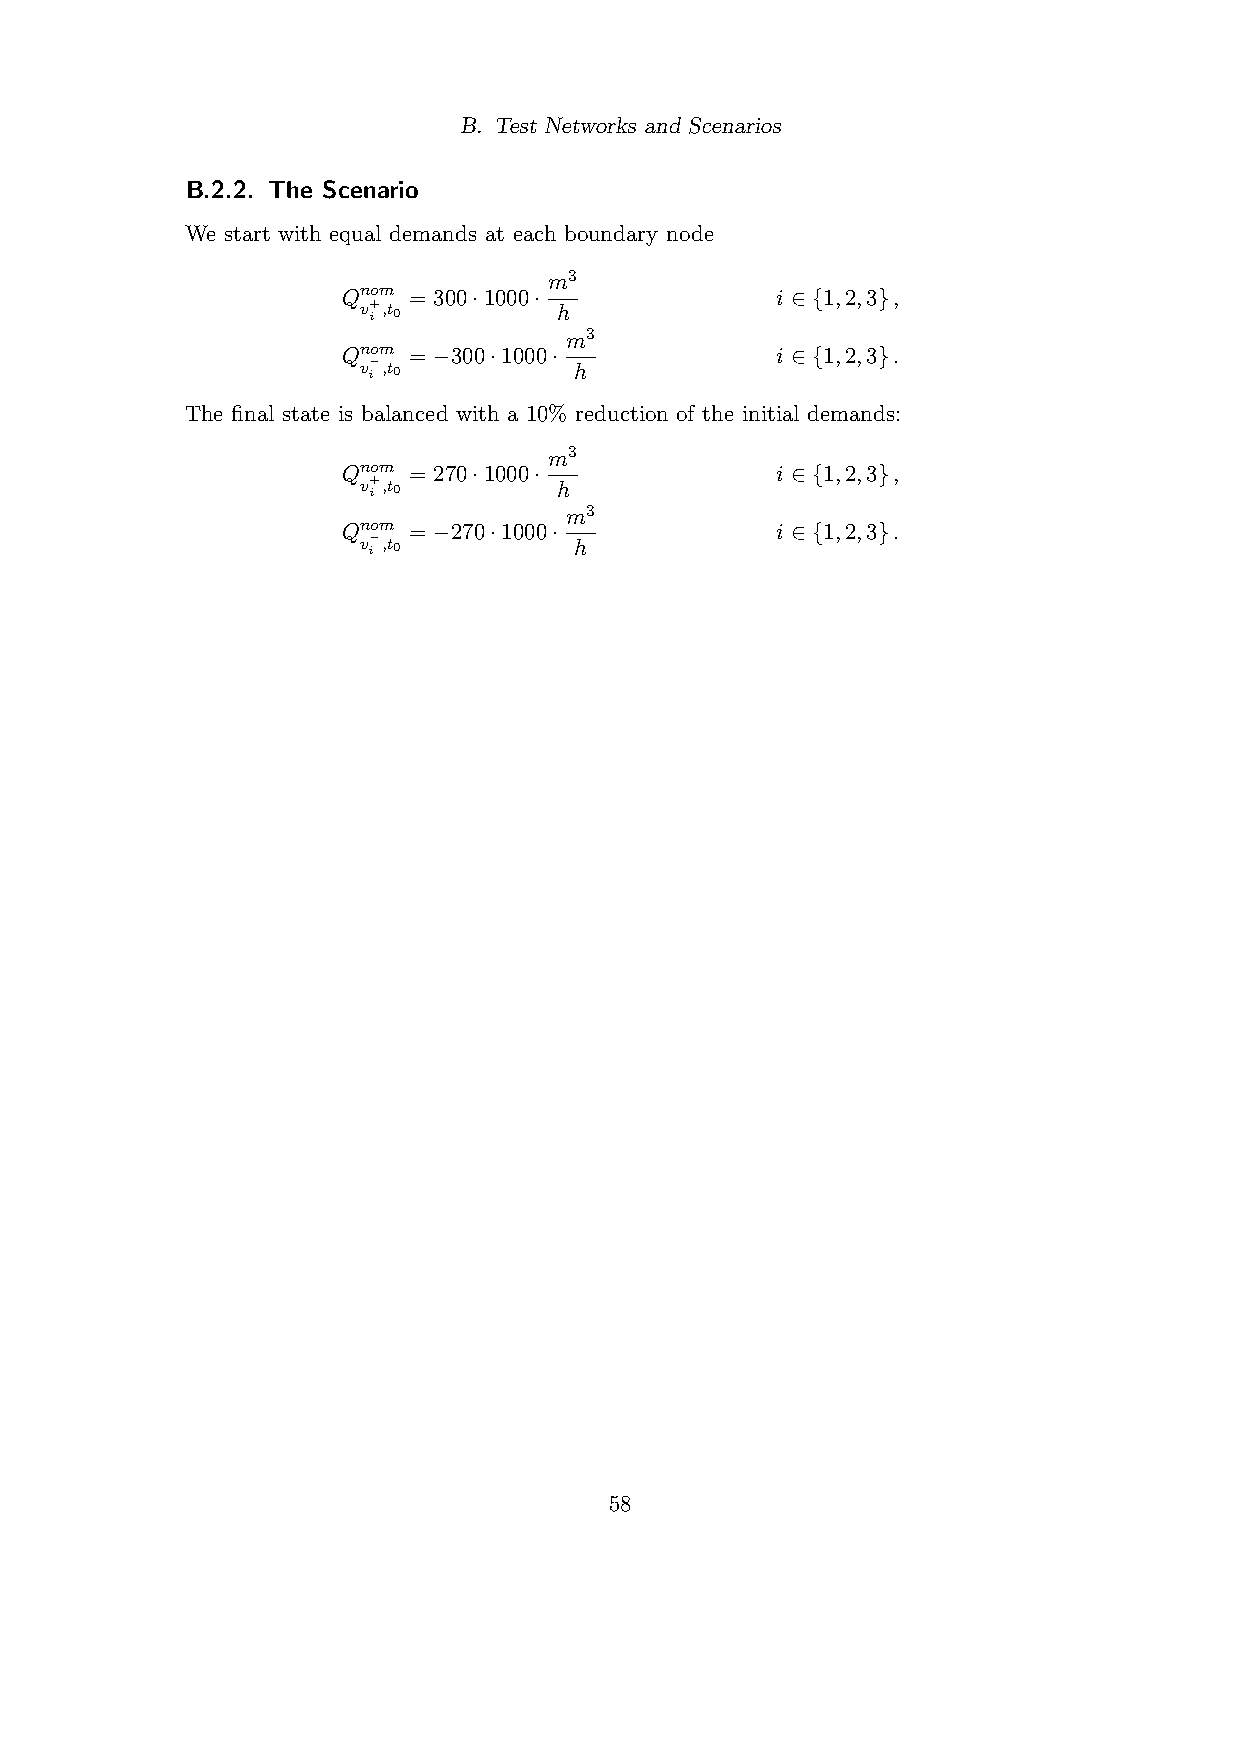
B. Test Networks and Scenarios
 B.2.2. The Scenario
 We start with equal demands at each boundary node
 m3
 Qnom = 300·1000·            i ∈ {1,2,3},
 v i+,t0      h
 m3
 Qnom = −300·1000·           i ∈ {1,2,3}.
 v i−,t0       h
 The final state is balanced with a 10% reduction of the initial demands:
 m3
 Qnom = 270·1000·            i ∈ {1,2,3},
 v i+,t0      h
 m3
 Qnom = −270·1000·           i ∈ {1,2,3}.
 v i−,t0       h
 58